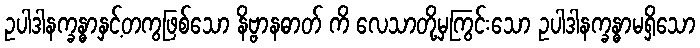
ဥပါဒါနက္ခန္ဓာနှင့်တကွဖြစ်သော နိဗ္ဗာနဓာတ် ကိ လေသာတို့မှကြွင်းသော ဥပါဒါနက္ခန္ဓာမရှိသော